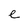
Character: e